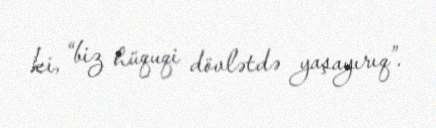
ki, “biz hüquqi dövlətdə yaşayırıq”.